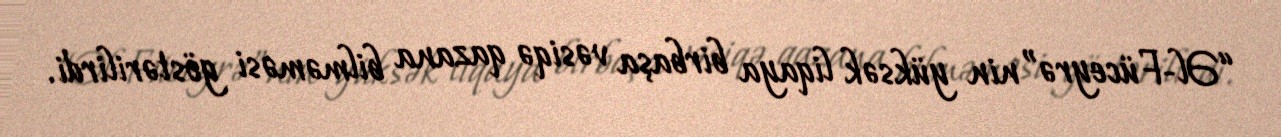
“Əl-Füceyrə”nin yüksək liqaya birbaşa vəsiqə qazana bilməməsi göstərilirdi.